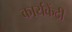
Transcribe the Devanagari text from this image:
कार्यकेंद्री